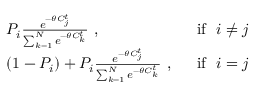
\begin{array} { r l r } & { P _ { i } \frac { e ^ { - \theta C _ { j } ^ { t } } } { \sum _ { k = 1 } ^ { N } e ^ { - \theta C _ { k } ^ { t } } } \ , \ } & { \ \mathrm { i f } \ \ i \neq j } \\ & { ( 1 - P _ { i } ) + P _ { i } \frac { e ^ { - \theta C _ { j } ^ { t } } } { \sum _ { k = 1 } ^ { N } e ^ { - \theta C _ { k } ^ { t } } } \ , \ } & { \ \mathrm { i f } \ \ i = j } \end{array}